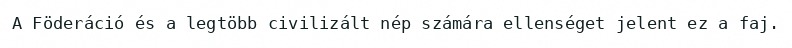
A Föderáció és a legtöbb civilizált nép számára ellenséget jelent ez a faj.